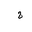
Letter: _ha